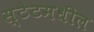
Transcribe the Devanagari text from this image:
स्टेटमधील